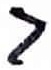
Text: 7